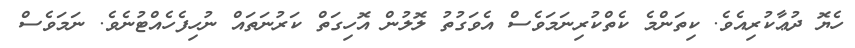
ހެޔޮ ދުޢާކުރިއެވެ. ކިތަންމެ ކެތްކުރިނަމަވެސް އެވަގުތު ލޮލުން އޮހިގަތް ކަރުނަތައް ނުހިފެހެއްޓުނެވެ. ނަމަވެސް